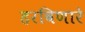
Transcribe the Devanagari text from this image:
हरविणारे